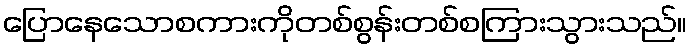
ပြောနေသောစကားကိုတစ်စွန်းတစ်စကြားသွားသည်။